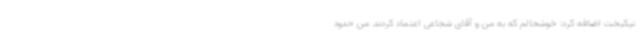
نیکبخت اضافه کرد: خوشحالم که به من و آقای شجاعی اعتماد کردند. من حدود